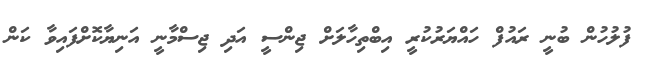
ފުލުހުން ބުނީ ރައުފް ހައްޔަރުކުރީ އިބްތިހާލަށް ޖިންސީ އަދި ޖިސްމާނީ އަނިޔާކޮށްފައިވާ ކަން